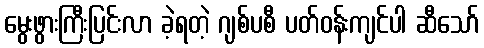
မွေးဖွားကြီးပြင်းလာ ခဲ့ရတဲ့ ဂျစ်ပစီ ပတ်ဝန်းကျင်ပါ ဆီသော်